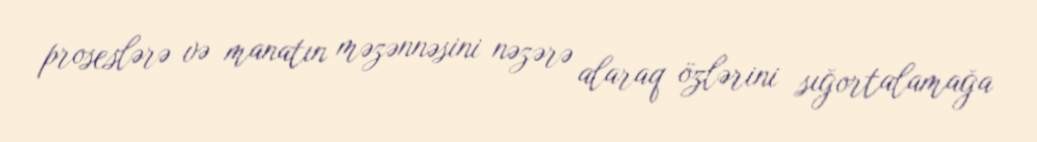
proseslərə və manatın məzənnəsini nəzərə alaraq özlərini sığortalamağa